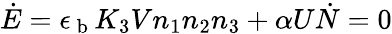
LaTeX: \dot{E}=\epsilon_{\mathrm{~b~}}K_{3}Vn_{1}n_{2}n_{3}+\alpha U\dot{N}=0